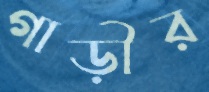
গাড়ীর